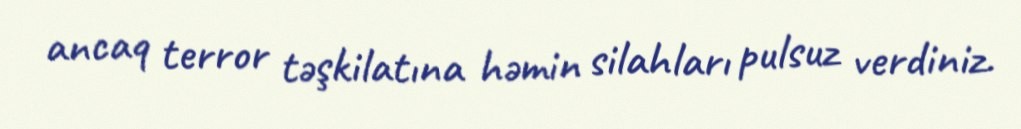
ancaq terror təşkilatına həmin silahları pulsuz verdiniz.